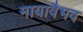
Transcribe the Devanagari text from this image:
मायावैभव